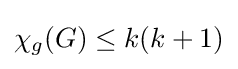
\chi _{g}(G)\leq k(k+1)